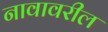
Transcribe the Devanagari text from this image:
नावावरील